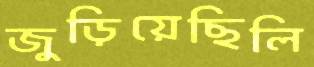
জুড়িয়েছিলি